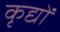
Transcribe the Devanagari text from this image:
कृद्यों